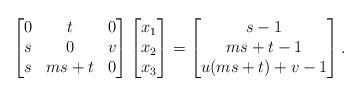
LaTeX: \begin{align*}\begin{bmatrix}0 & t & 0 \\s & 0 & v \\s & ms+t & 0 \\\end{bmatrix}\begin{bmatrix}x_1 \\ x_2 \\ x_3\end{bmatrix} = \begin{bmatrix} s-1 \\ ms + t -1 \\ u(ms+t) + v - 1\end{bmatrix}. \,\end{align*}